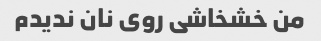
من خشخاشی روی نان ندیدم